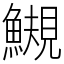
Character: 䲅